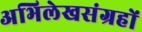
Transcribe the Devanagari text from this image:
अभिलेखसंग्रहों